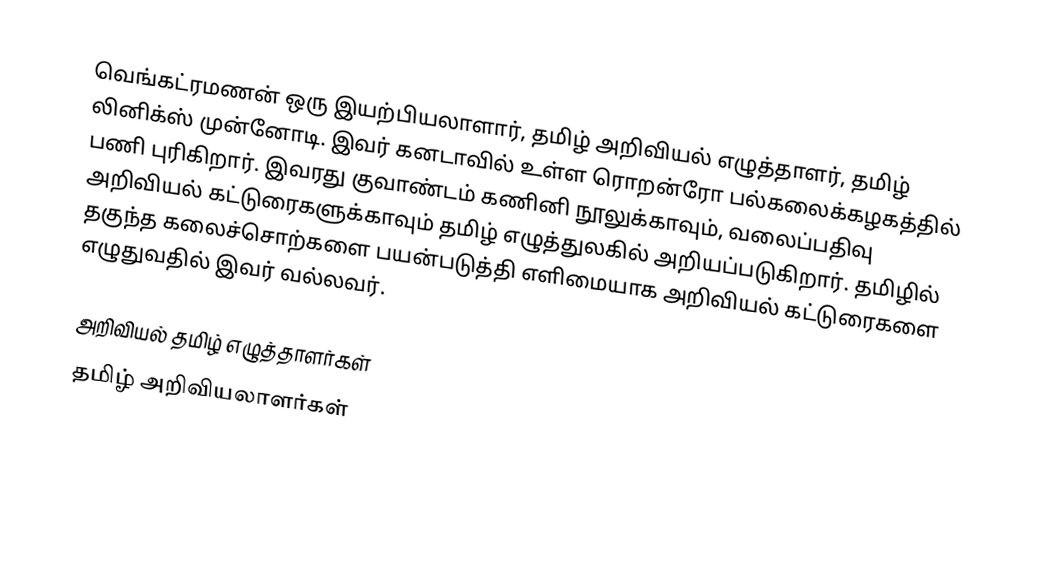
வெங்கட்ரமணன் ஒரு இயற்பியலாளார், தமிழ் அறிவியல் எழுத்தாளர், தமிழ் லினிக்ஸ் முன்னோடி.  இவர் கனடாவில் உள்ள ரொறன்ரோ பல்கலைக்கழகத்தில் பணி புரிகிறார்.  இவரது குவாண்டம் கணினி நூலுக்காவும், வலைப்பதிவு அறிவியல் கட்டுரைகளுக்காவும் தமிழ் எழுத்துலகில் அறியப்படுகிறார்.  தமிழில் தகுந்த கலைச்சொற்களை பயன்படுத்தி எளிமையாக அறிவியல் கட்டுரைகளை எழுதுவதில் இவர் வல்லவர்.

அறிவியல் தமிழ் எழுத்தாளர்கள்
தமிழ் அறிவியலாளர்கள்